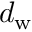
d _ { \mathrm { w } }